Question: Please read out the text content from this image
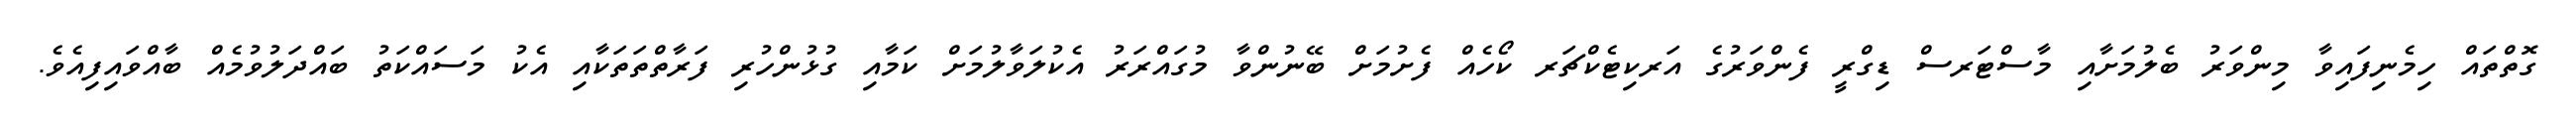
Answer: ގޮތްތައް ހިމެނިފައިވާ މިންވަރު ބެލުމަށާއި މާސްޓަރސް ޑިގްރީ ފެންވަރުގެ އަރކިޓެކްޗަރ ކޯހެއް ފެށުމަށް ބޭނުންވާ މުގައްރަރު އެކުލަވާލުމަށް ކަމާއި ގުޅުންހުރި ފަރާތްތަތަކާއި އެކު މަސައްކަތު ބައްދަލުވުމެއް ބާއްވައިފިއެވެ.